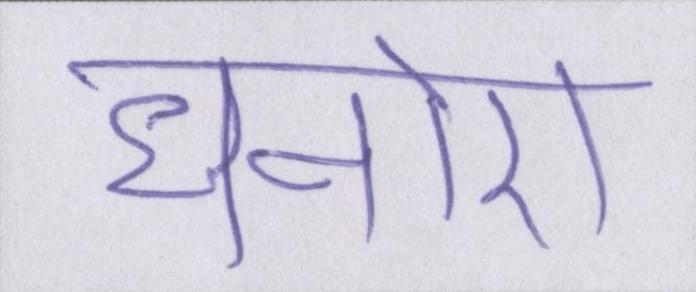
धनोरा